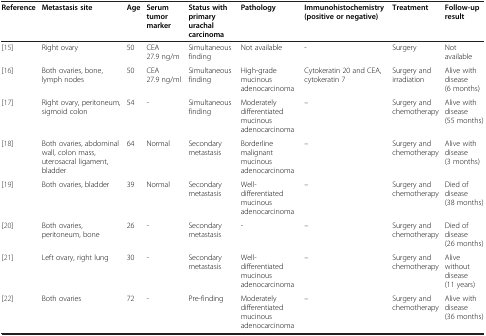
<table><thead><tr><td><b>Reference</b></td><td><b>Metastasis site</b></td><td><b>Age</b></td><td><b>Serum tumor marker</b></td><td><b>Status with primary urachal carcinoma</b></td><td><b>Pathology</b></td><td><b>Immunohistochemistry (positive or negative)</b></td><td><b>Treatment</b></td><td><b>Follow-up result</b></td></tr></thead><tbody><tr><td>[15]</td><td>Right ovary</td><td>50</td><td>CEA 27.9 ng/m</td><td>Simultaneous finding</td><td>Not available</td><td>-</td><td>Surgery</td><td>Not available</td></tr><tr><td>[16]</td><td>Both ovaries, bone, lymph nodes</td><td>50</td><td>CEA 27.9 ng/ml</td><td>Simultaneous finding</td><td>High-grade mucinous adenocarcinoma</td><td>Cytokeratin 20 and CEA, cytokeratin 7</td><td>Surgery and irradiation</td><td>Alive with disease (6 months)</td></tr><tr><td>[17]</td><td>Right ovary, peritoneum, sigmoid colon</td><td>54</td><td>-</td><td>Simultaneous finding</td><td>Moderately differentiated mucinous adenocarcinoma</td><td>–</td><td>Surgery and chemotherapy</td><td>Alive with disease (55 months)</td></tr><tr><td>[18]</td><td>Both ovaries, abdominal wall, colon mass, uterosacral ligament, bladder</td><td>64</td><td>Normal</td><td>Secondary metastasis</td><td>Borderline malignant mucinous adenocarcinoma</td><td>–</td><td>Surgery and chemotherapy</td><td>Alive with disease (3 months)</td></tr><tr><td>[19]</td><td>Both ovaries, bladder</td><td>39</td><td>Normal</td><td>Secondary metastasis</td><td>Well-differentiated mucinous adenocarcinoma</td><td>–</td><td>Surgery and chemotherapy</td><td>Died of disease (38 months)</td></tr><tr><td>[20]</td><td>Both ovaries, peritoneum, bone</td><td>26</td><td>-</td><td>Secondary metastasis</td><td>-</td><td>–</td><td>Surgery and chemotherapy</td><td>Died of disease (26 months)</td></tr><tr><td>[21]</td><td>Left ovary, right lung</td><td>30</td><td>-</td><td>Secondary metastasis</td><td>Well-differentiated mucinous adenocarcinoma</td><td>–</td><td>Surgery and chemotherapy</td><td>Alive without disease (11 years)</td></tr><tr><td>[22]</td><td>Both ovaries</td><td>72</td><td>-</td><td>Pre-finding</td><td>Moderately differentiated mucinous adenocarcinoma</td><td>–</td><td>Surgery and chemotherapy</td><td>Alive with disease (36 months)</td></tr></tbody></table>